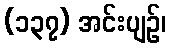
(၁၃၇) အင်းပျဉ်၊